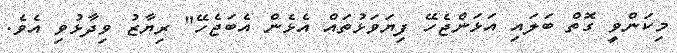
މިކަންވީ ގޮތް ބަލައި އަޅަންޖެހޭ ފިޔަވަޅުތައް އެޅެން އެބަޖެހޭ" ރިޔާޒު ވިދާޅުވި އެވެ.